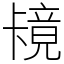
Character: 𫧶